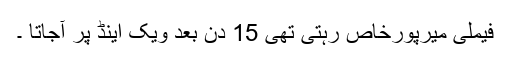
فیملی میرپورخاص رہتی تھی 15 دن بعد ویک اینڈ پر آجاتا ۔